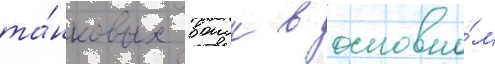
та́нковых воиск в основно́м